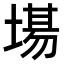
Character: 𭏍